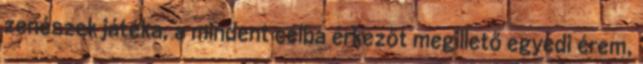
zenészek játéka, a mindent célba érkezőt megillető egyedi érem,